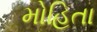
મોહિતા